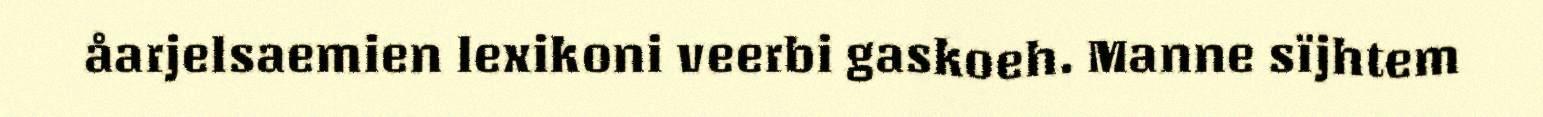
åarjelsaemien lexikoni veerbi gaskoeh. Manne sïjhtem